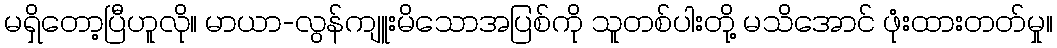
မရှိတော့ပြီဟူလို။ မာယာ-လွန်ကျူးမိသောအပြစ်ကို သူတစ်ပါးတို့ မသိအောင် ဖုံးထားတတ်မှု။